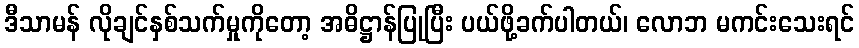
ဒီသာမန် လိုချင်နှစ်သက်မှုကိုတော့ အဓိဋ္ဌာန်ပြုပြီး ပယ်ဖို့ခက်ပါတယ်၊ လောဘ မကင်းသေးရင်